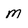
Character: m